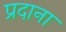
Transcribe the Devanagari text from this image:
प्रदाना